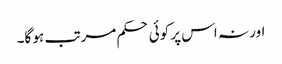
اور نہ اس پر کوئی حکم مرتب ہو گا۔